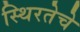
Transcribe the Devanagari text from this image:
स्थिरतेचे